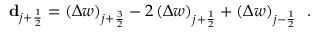
\mathbf { d } _ { j + \frac { 1 } { 2 } } = \left( \Delta w \right) _ { j + \frac { 3 } { 2 } } - 2 \left( \Delta w \right) _ { j + \frac { 1 } { 2 } } + \left( \Delta w \right) _ { j - \frac { 1 } { 2 } } \, \mathrm { ~ . ~ }